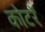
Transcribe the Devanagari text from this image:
कोटरें